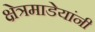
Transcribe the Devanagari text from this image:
क्षेत्रमाडेयांनी